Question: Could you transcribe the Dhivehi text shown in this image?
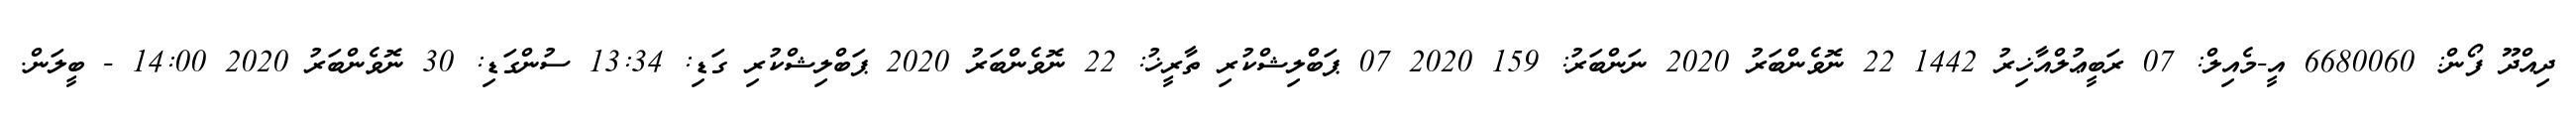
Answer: ދިއްދޫ ފޯން: 6680060 އީ-މެއިލް: 07 ރަބީޢުލްއާޚިރު 1442 22 ނޮވެންބަރު 2020 ނަންބަރު: 159 2020 07 ޕަބްލިޝްކުރި ތާރީޚު: 22 ނޮވެންބަރު 2020 ޕަބްލިޝްކުރި ގަޑި: 13:34 ސުންގަޑި: 30 ނޮވެންބަރު 2020 14:00 - ބީލަން.